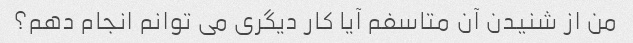
من از شنیدن آن متاسفم آیا کار دیگری می توانم انجام دهم؟